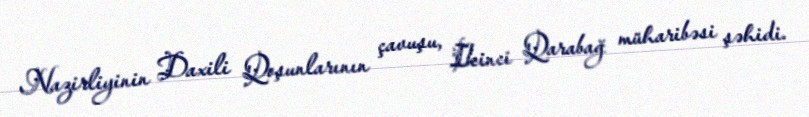
Nazirliyinin Daxili Qoşunlarının çavuşu, İkinci Qarabağ müharibəsi şəhidi.